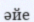
әйе